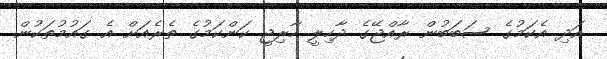
އަދި އެކަމުގެ ސަބަބުން ރާއްޖޭގެ ދާހިލީ ހާރިޖީ ކަންކަމުގެ ތެރެއަށް އެ ގައުމުތަކުން